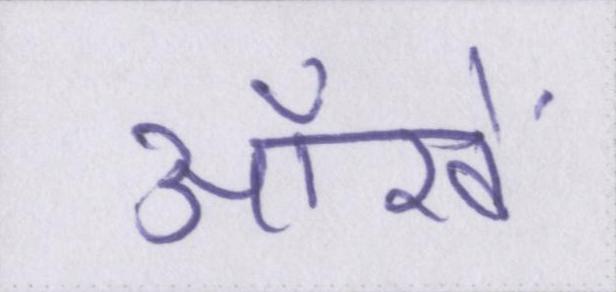
ऑंखें